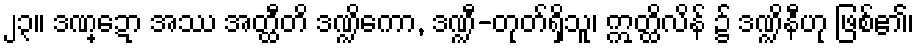
၂၃။ ဒဏ္ဍော အဿ အတ္ထီတိ ဒဏ္ဍိကော, ဒဏ္ဍီ-တုတ်ရှိသူ၊ ဣတ္ထိလိန် ၌ ဒဏ္ဍိနီဟု ဖြစ်၏၊